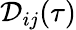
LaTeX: \mathcal{D}_{ij}(\tau)